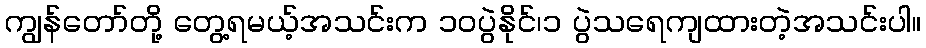
ကျွန်တော်တို့ တွေ့ရမယ့်အသင်းက ၁၀ပွဲနိုင်၊၁ ပွဲသရေကျထားတဲ့အသင်းပါ။